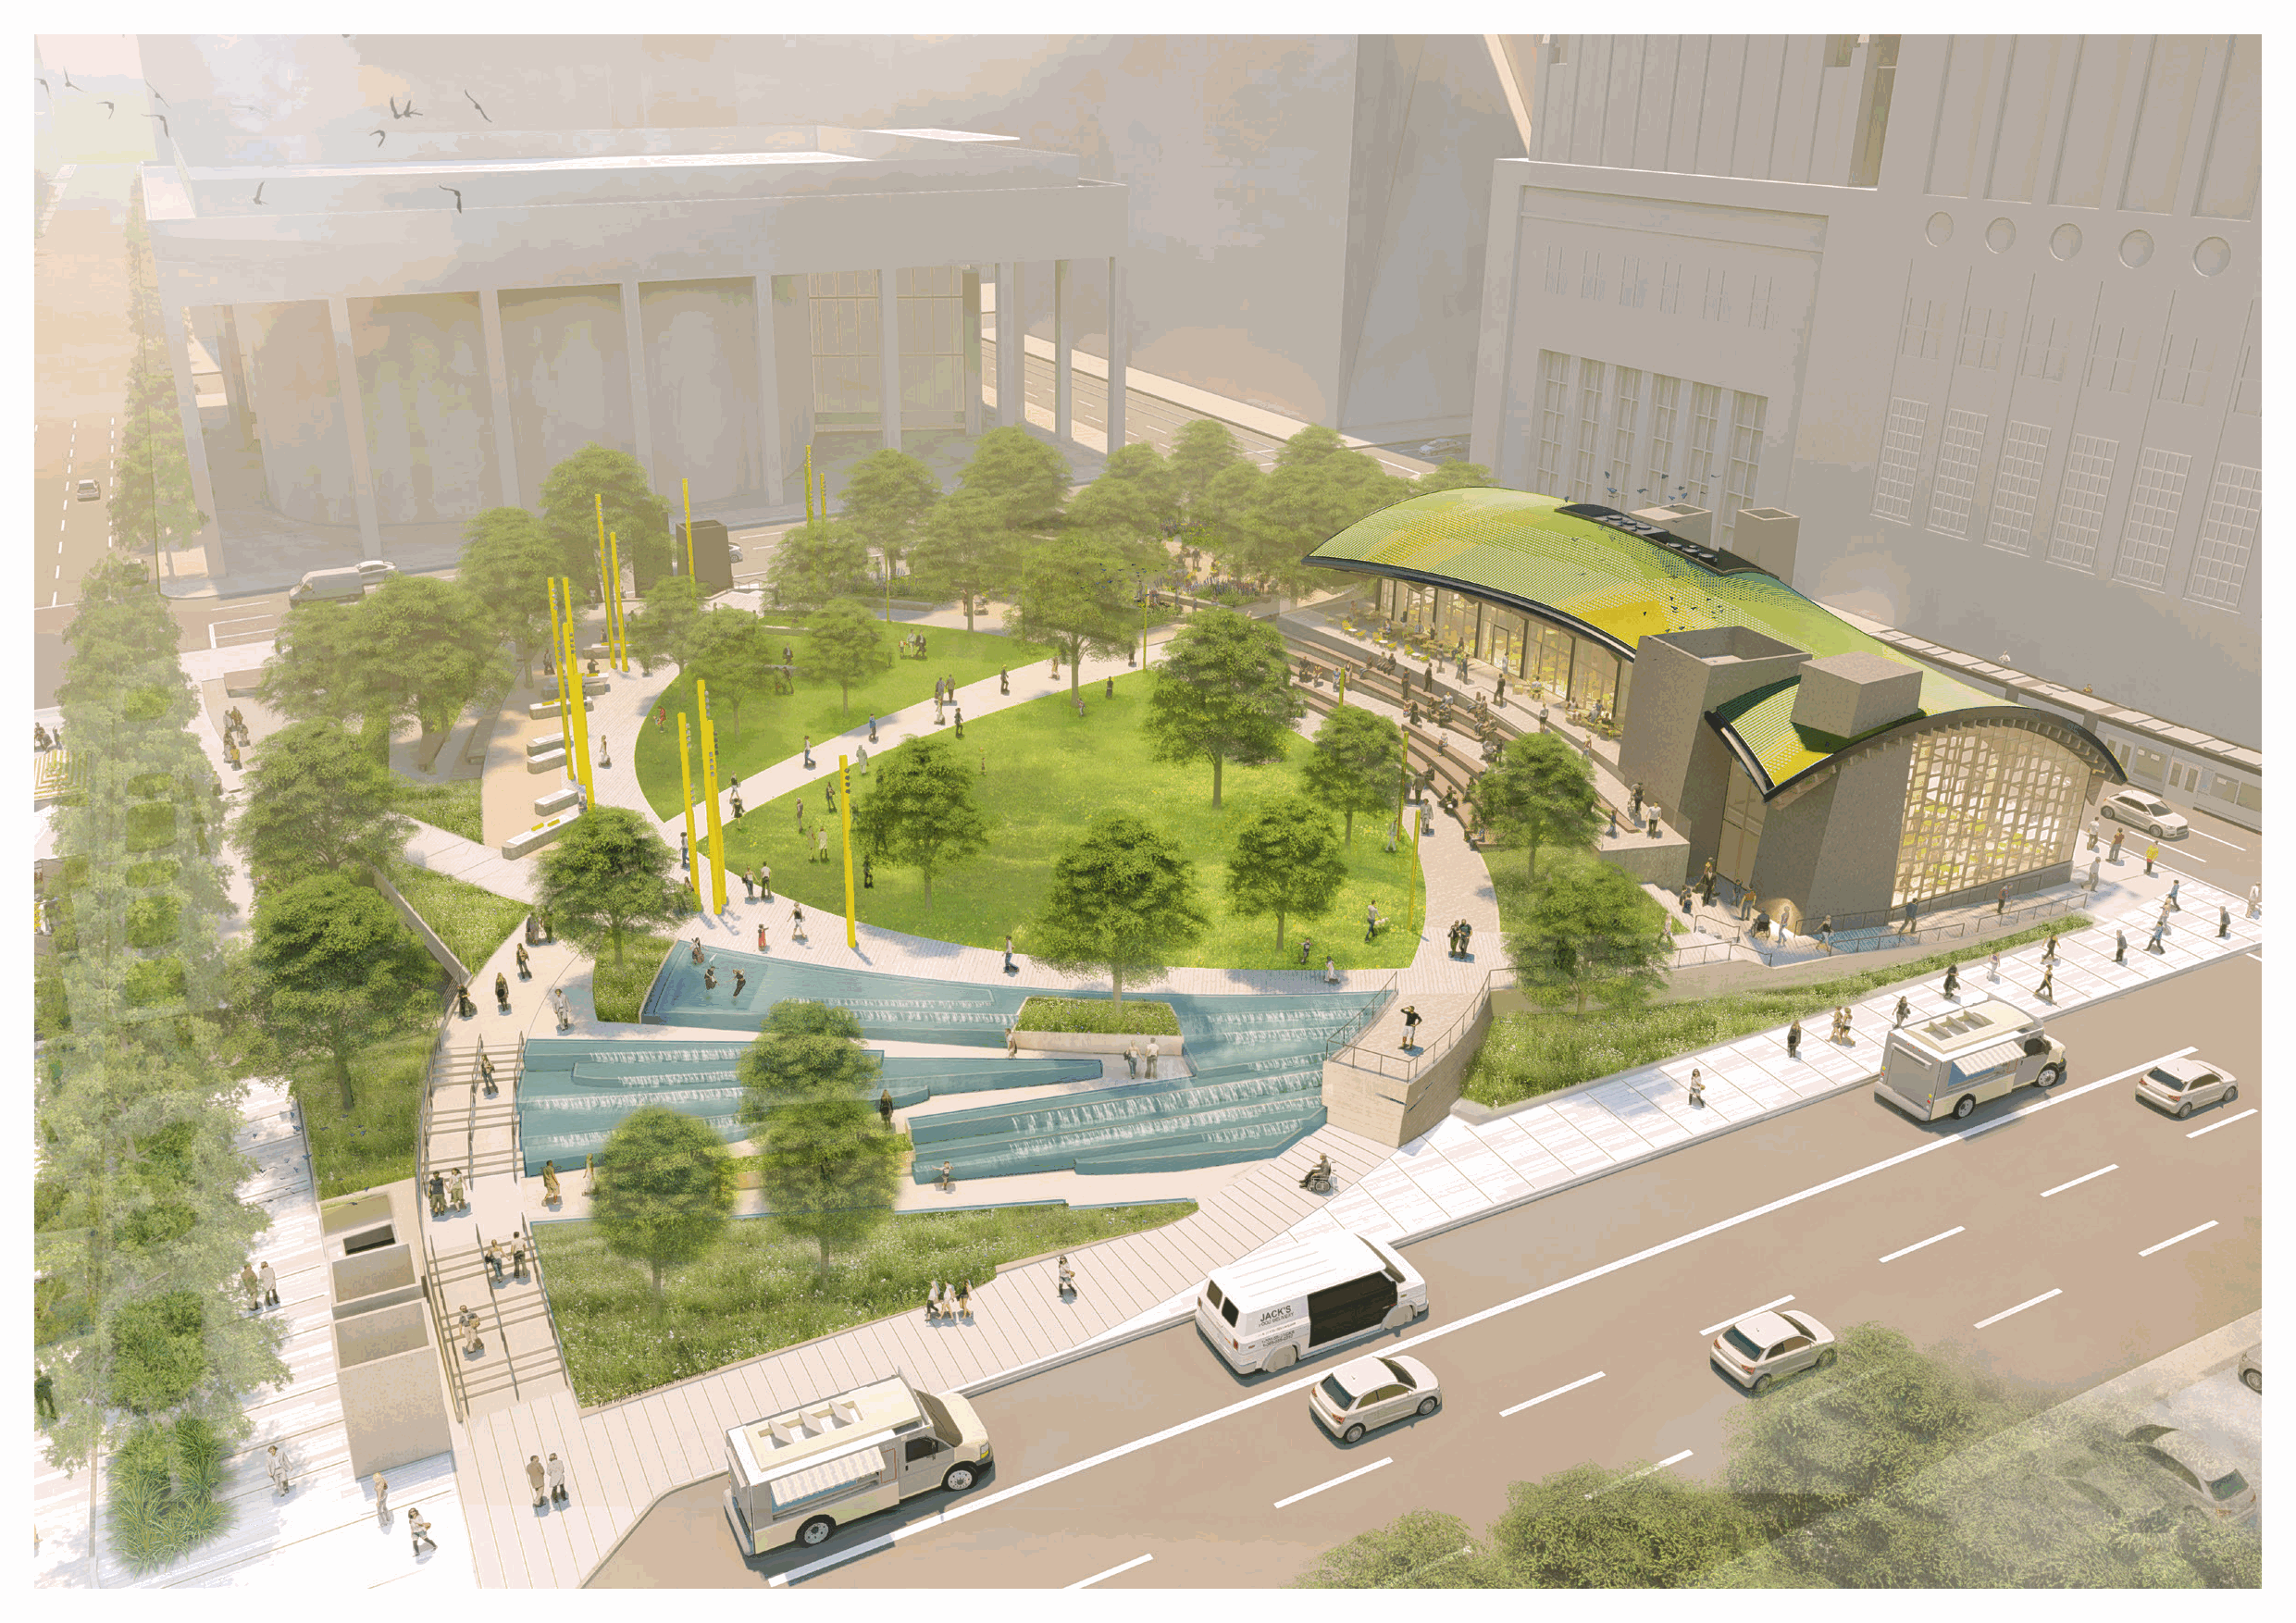
RIOS 精选项目方案                                                                                                                                 RIOS 精选项目方案